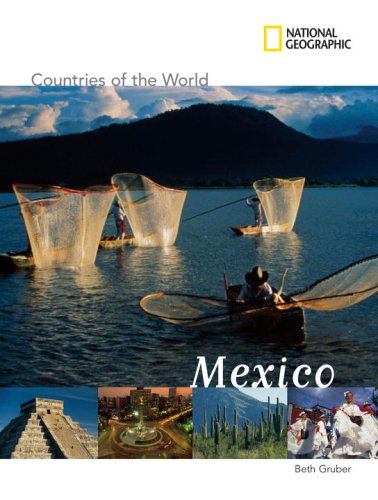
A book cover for National Geographic Countries of the World: Mexico; Beth Gruber; Children's Books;